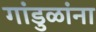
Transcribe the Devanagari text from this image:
गांडुळांना